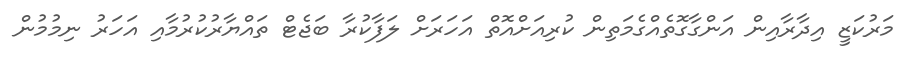
މަރުކަޒީ އިދާރާއިން އަންގާގޮތެއްގެމަތިން ކުރިއަށްއޮތް އަހަރަށް ލަފާކުރާ ބަޖެޓް ތައްޔާރުކުރުމާއި އަހަރު ނިމުމުން